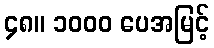
၄၈။ ၁၀၀၀ ပေအမြင့်